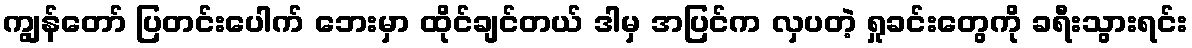
ကျွန်တော် ပြတင်းပေါက် ဘေးမှာ ထိုင်ချင်တယ် ဒါမှ အပြင်က လှပတဲ့ ရှုခင်းတွေကို ခရီးသွားရင်း